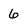
Character: 6